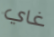
غاي